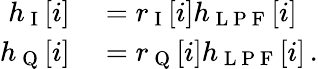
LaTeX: \begin{array}{rl}{h_{\mathrm{~I~}}[i]}&{{}=r_{\mathrm{~I~}}[i]h_{\mathrm{~L~P~F~}}[i]}\\ {h_{\mathrm{~Q~}}[i]}&{{}=r_{\mathrm{~Q~}}[i]h_{\mathrm{~L~P~F~}}[i]\, .}\end{array}